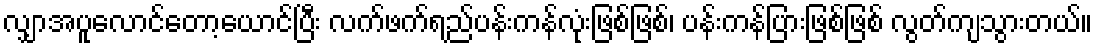
လျှာအပူလောင်တော့ယောင်ပြီး လက်ဖက်ရည်ပန်းကန်လုံးဖြစ်ဖြစ်၊ ပန်းကန်ပြားဖြစ်ဖြစ် လွတ်ကျသွားတယ်။